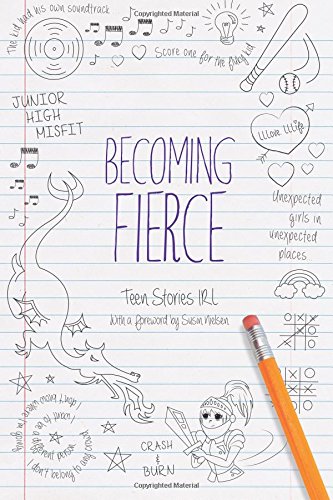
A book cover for Becoming Fierce; Susin Nielsen; Teen & Young Adult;